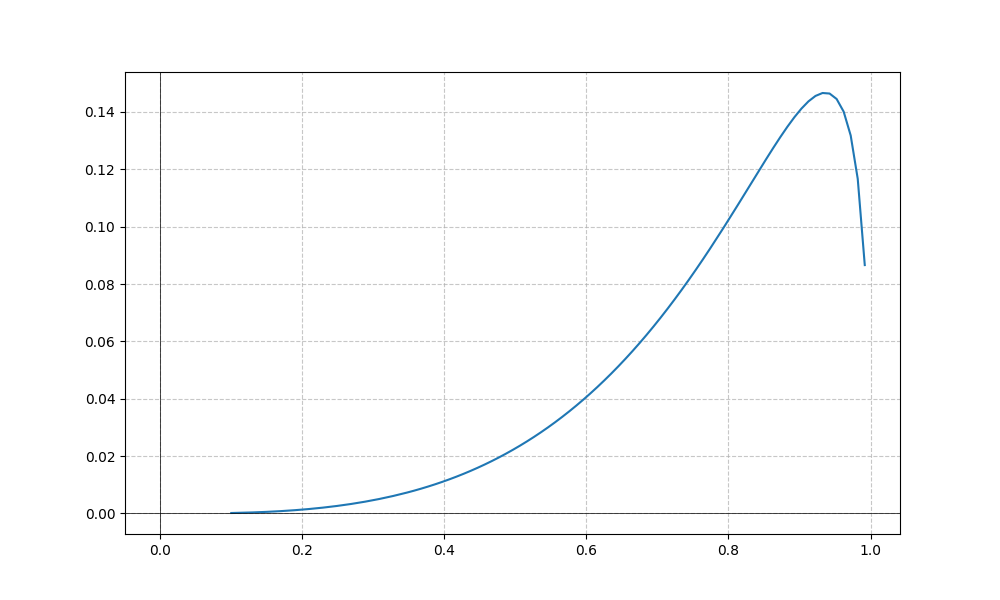
LaTeX formula: \tan{\left(x \right)} - \operatorname{asin}{\left(x \right)}